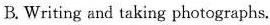
B.Writing and taking photographs.